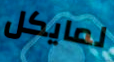
لمايكل